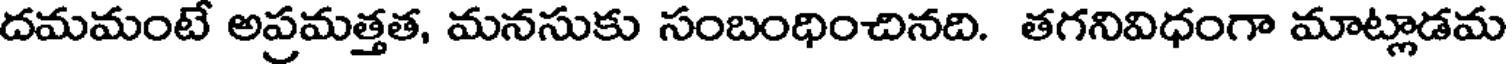
దమమంటే అప్రమత్తత, మనసుకు సంబంధించినది. తగనివిధంగా మాట్లాడమ